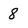
Character: 8